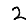
Digit: 2